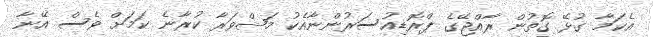
އެކަމާ ގުޅޭ ގޮތުން ރާއްޖޭގެ ޕްރޮޑިއުސަރުންނާއެކު މަޝްވަރާ ކުރާނެ ކަމަށް ވެސް އޭނާ